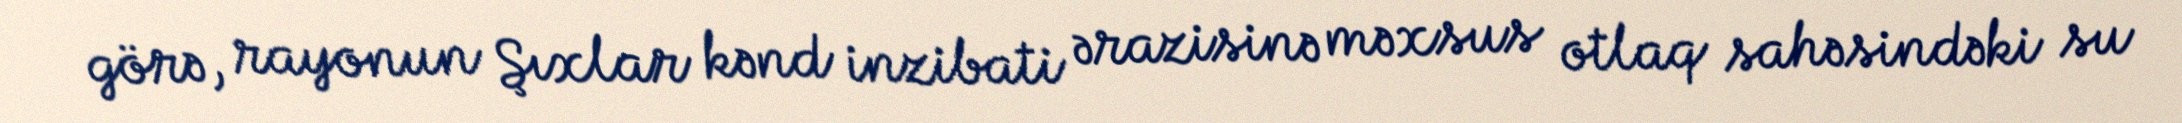
görə, rayonun Şıxlar kənd inzibati ərazisinə məxsus otlaq sahəsindəki su